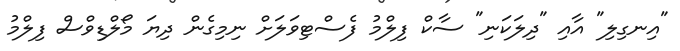
"އިނގިލި" އާއި "ދިލަކަނި" ސާކް ފިލްމު ފެސްޓިވަލަށް ނިމިގެން ދިޔަ މޯލްޑިވްސް ފިލްމު